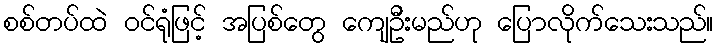
စစ်တပ်ထဲ ဝင်ရုံဖြင့် အပြစ်တွေ ကျေဦးမည်ဟု ပြောလိုက်သေးသည်။